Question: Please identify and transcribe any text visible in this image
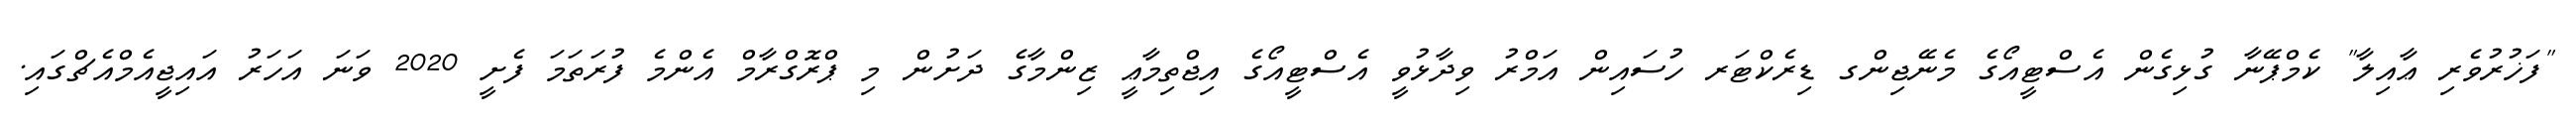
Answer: "ފަޚުރުވެރި ޢާއިލާ" ކެމްޕޭނާ ގުޅިގެން އެސްޓީއޯގެ މެނޭޖިންގ ޑިރެކްޓަރ ހުސައިން އަމްރު ވިދާޅުވީ އެސްޓީއޯގެ އިޖްތިމާޢީ ޒިންމާގެ ދަށުން މި ޕްރޮގްރާމް އެންމެ ފުރަތަމަ ފެށީ 2020 ވަނަ އަހަރު އައިޖީއެމްއެޗްގައި.